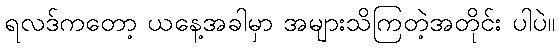
ရလဒ်ကတော့ ယနေ့အခါမှာ အများသိကြတဲ့အတိုင်း ပါပဲ။